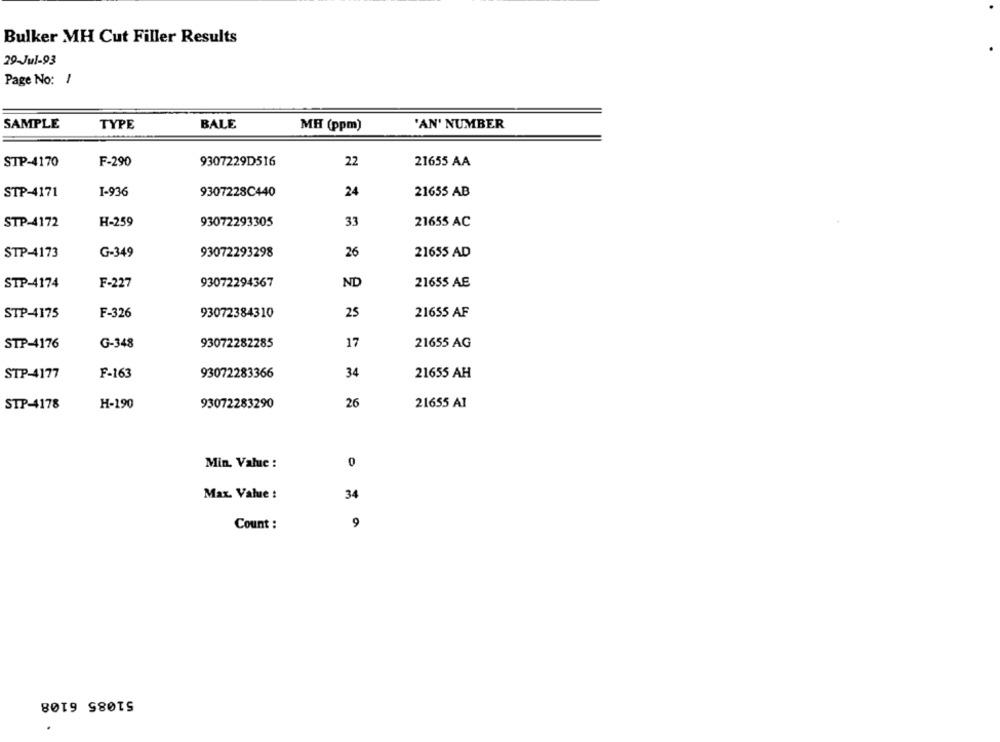
Bulker MH Cut Filler Results
29-Jul-93
Page No: 1
SAMPLE
TYPE
BALE
MH (ppm)
'AN' NUMBER
STP-4170
F-290
9307229D516
22
21655 AA
STP-4171
I-936
9307228C440
24
21655 AB
STP-4172
H-259
93072293305
33
21655 AC
STP-4173
G-349
93072293298
26
21655 AD
93072294367
ND
21655 AE
STP-4174
F-227
STP-4175
F-326
93072384310
25
21655 AF
STP-4176
G-348
93072282285
17
21655 AG
STP-4177
F-163
93072283366
34
21655 AH
STP-4178
H-190
93072283290
26
21655 A1
Min. Value :
0
Max. Value :
34
Count :
9
51085 6108